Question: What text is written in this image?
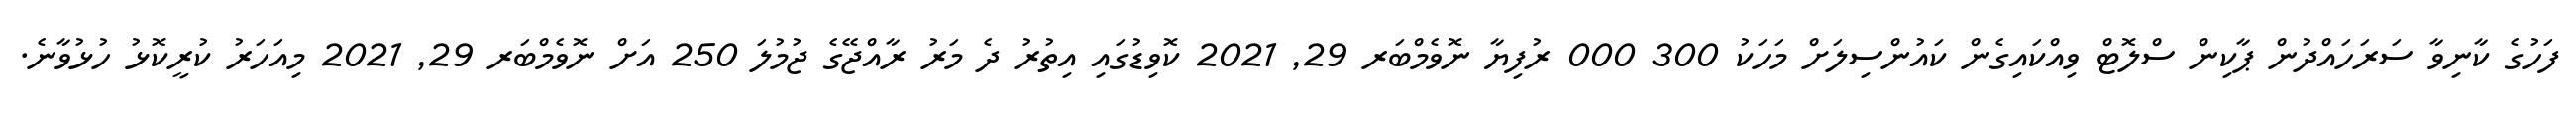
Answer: ފަހުގެ ކާނިވާ ސަރަހައްދުން ޕާކިން ސްލޮޓް ވިއްކައިގެން ކައުންސިލަށް މަހަކު 300 000 ރުފިޔާ ނޮވެމްބަރ 29, 2021 ކޮވިޑުގައި އިތުރު ދެ މަރު ރާއްޖޭގެ ޖުމުލަ 250 އަށް ނޮވެމްބަރ 29, 2021 މިއަހަރު ކުރީކޮޅު ހުޅުވާނެ.